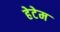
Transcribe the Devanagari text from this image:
हेटेम